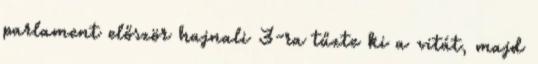
parlament először hajnali 3-ra tűzte ki a vitát, majd